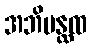
အဘိမန္ထထ